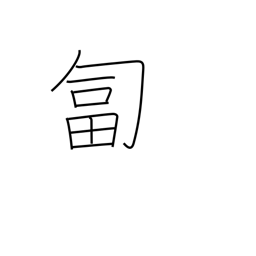
Meaning: crawl